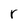
Character: r